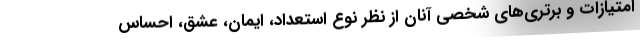
امتیازات و برتری‌های شخصی آنان از نظر نوع استعداد، ایمان، عشق، احساس